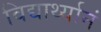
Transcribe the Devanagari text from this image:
विद्यार्थ्यानं